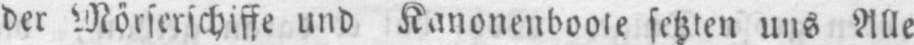
der Mörserschiffe und Kanonenboote setzten uns Alle